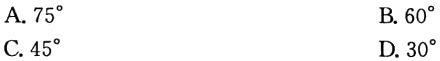
A. \(75^{\circ}\)
B. \(60^{\circ}\)
C. \(45^{\circ}\)
D. \(30^{\circ}\)